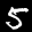
Label: 5